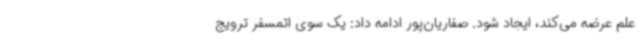
علم عرضه می‌کند، ایجاد شود. صفاریان‌پور ادامه داد: یک سوی اتمسفر ترویج